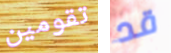
تقومين قد